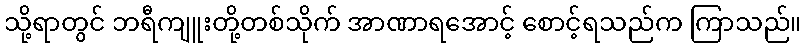
သို့ရာတွင် ဘရီကျူးတို့တစ်သိုက် အာဏာရအောင့် စောင့်ရသည်က ကြာသည်။